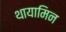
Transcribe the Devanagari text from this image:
थायामिन